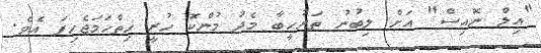
"އިލް ނޮއިސް" އަށް ލިބުނު ތަރުހީބާ މެދު މުންކޮ ހުރީ ހިތްހަމަޖެހިފަ އެވެ.